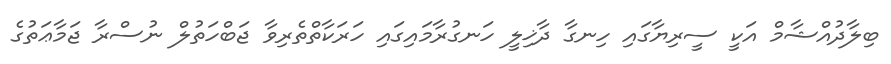
ބިލާދުއްޝާމް އަކީ ސީރިޔާގައި ހިނގާ ދާޚިލީ ހަނގުރާމައިގައި ހަރަކާތްތެރިވާ ޖަބްހަތުލް ނުސްރާ ޖަމާޢަތުގެ